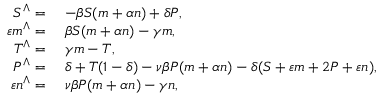
\begin{array} { r l } { S ^ { \wedge } = } & { \; - \beta S ( m + \alpha n ) + \delta P , } \\ { \varepsilon m ^ { \wedge } = } & { \; \beta S ( m + \alpha n ) - \gamma m , } \\ { T ^ { \wedge } = } & { \; \gamma m - T , } \\ { P ^ { \wedge } = } & { \; \delta + T ( 1 - \delta ) - \nu \beta P ( m + \alpha n ) - \delta ( S + \varepsilon m + 2 P + \varepsilon n ) , } \\ { \varepsilon n ^ { \wedge } = } & { \; \nu \beta P ( m + \alpha n ) - \gamma n , } \end{array}